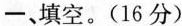
一、填空。(16分)